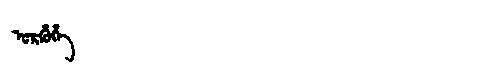
Manchu: ᡠᡵᡥᡠᡥᡝ
Romanization: URHUHE